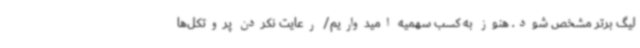
لیگ برتر مشخص شود. هنوز به کسب سهمیه امیدواریم/ رعایت نکردن پروتکل‌ها